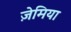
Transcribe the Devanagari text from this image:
ज़ेमिया